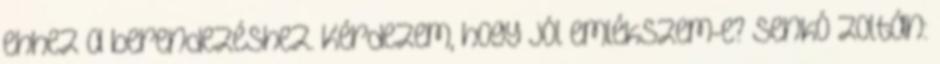
ehhez a berendezéshez. Kérdezem, hogy jól emlékszem-e? Senkó Zoltán: